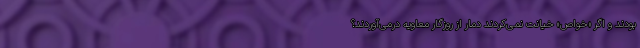
بودند و اگر «خواص» خیانت نمی‌کردند دمار از روزگار معاویه درمی‌آوردند؟